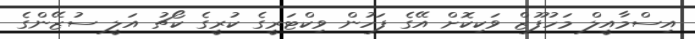
އިސްމާއީލް މަހުފޫޒް ވަކިކޮށް އޭގެ ފަހުން ވިކްޓަރީގެ ކުރީގެ ކޯޗު އަލީ ސުޒޭންގެ